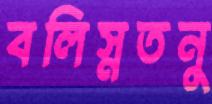
বলিস্নতনু